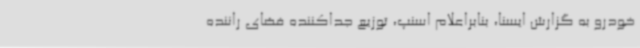
خودرو به گزارش ایسنا، بنابراعلام اسنپ، توزیع جداکننده‌ فضای راننده